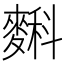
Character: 𪍎